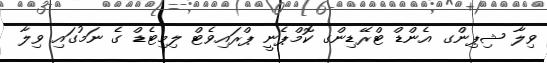
ވިލާ ޝިޕިންގ އެންޑް ޓްރޭޑިންގ ކޮމްޕެނީ ޕްރައިވެޓް ލިމިޓެޑް ގެ ނަމުގައި ވިލާ